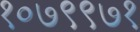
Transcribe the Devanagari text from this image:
१०७९९७१